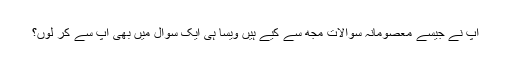
آپ نے جیسے معصومانہ سوالات مجھ سے کیے ہیں ویسا ہی ایک سوال میں بھی آپ سے کر لوں؟